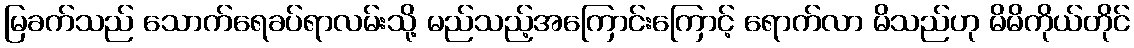
မြခက်သည် သောက်ရေခပ်ရာလမ်းသို့ မည်သည့်အကြောင်းကြောင့် ရောက်လာ မိသည်ဟု မိမိကိုယ်တိုင်